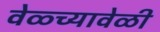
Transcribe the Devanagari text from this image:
वेळ्च्यावेळी